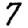
Digit: 7